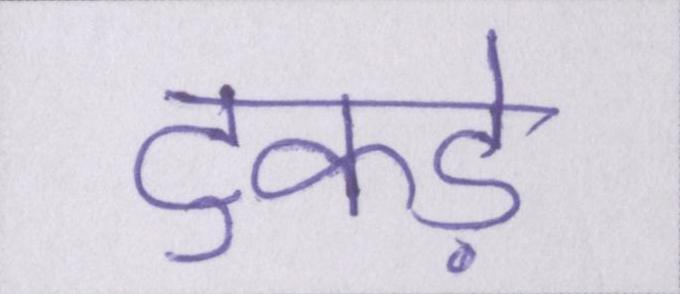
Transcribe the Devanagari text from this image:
टुकड़े